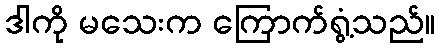
ဒါကို မသေးက ကြောက်ရွံ့သည်။